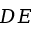
D E